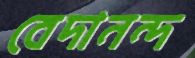
বেদানন্দ